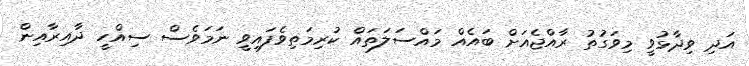
އަދި ވިދާޅުވީ މިވަގުތު ރާއްޖެއަށް ބައެއް މައްސަލަތައް ކުރިމަތިވެފައިވީ ނަމަވެސް ސިއްހީ ދާއިރާއިން